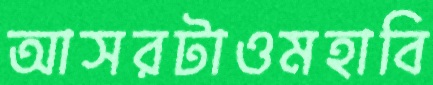
আসরটাওমহাবি